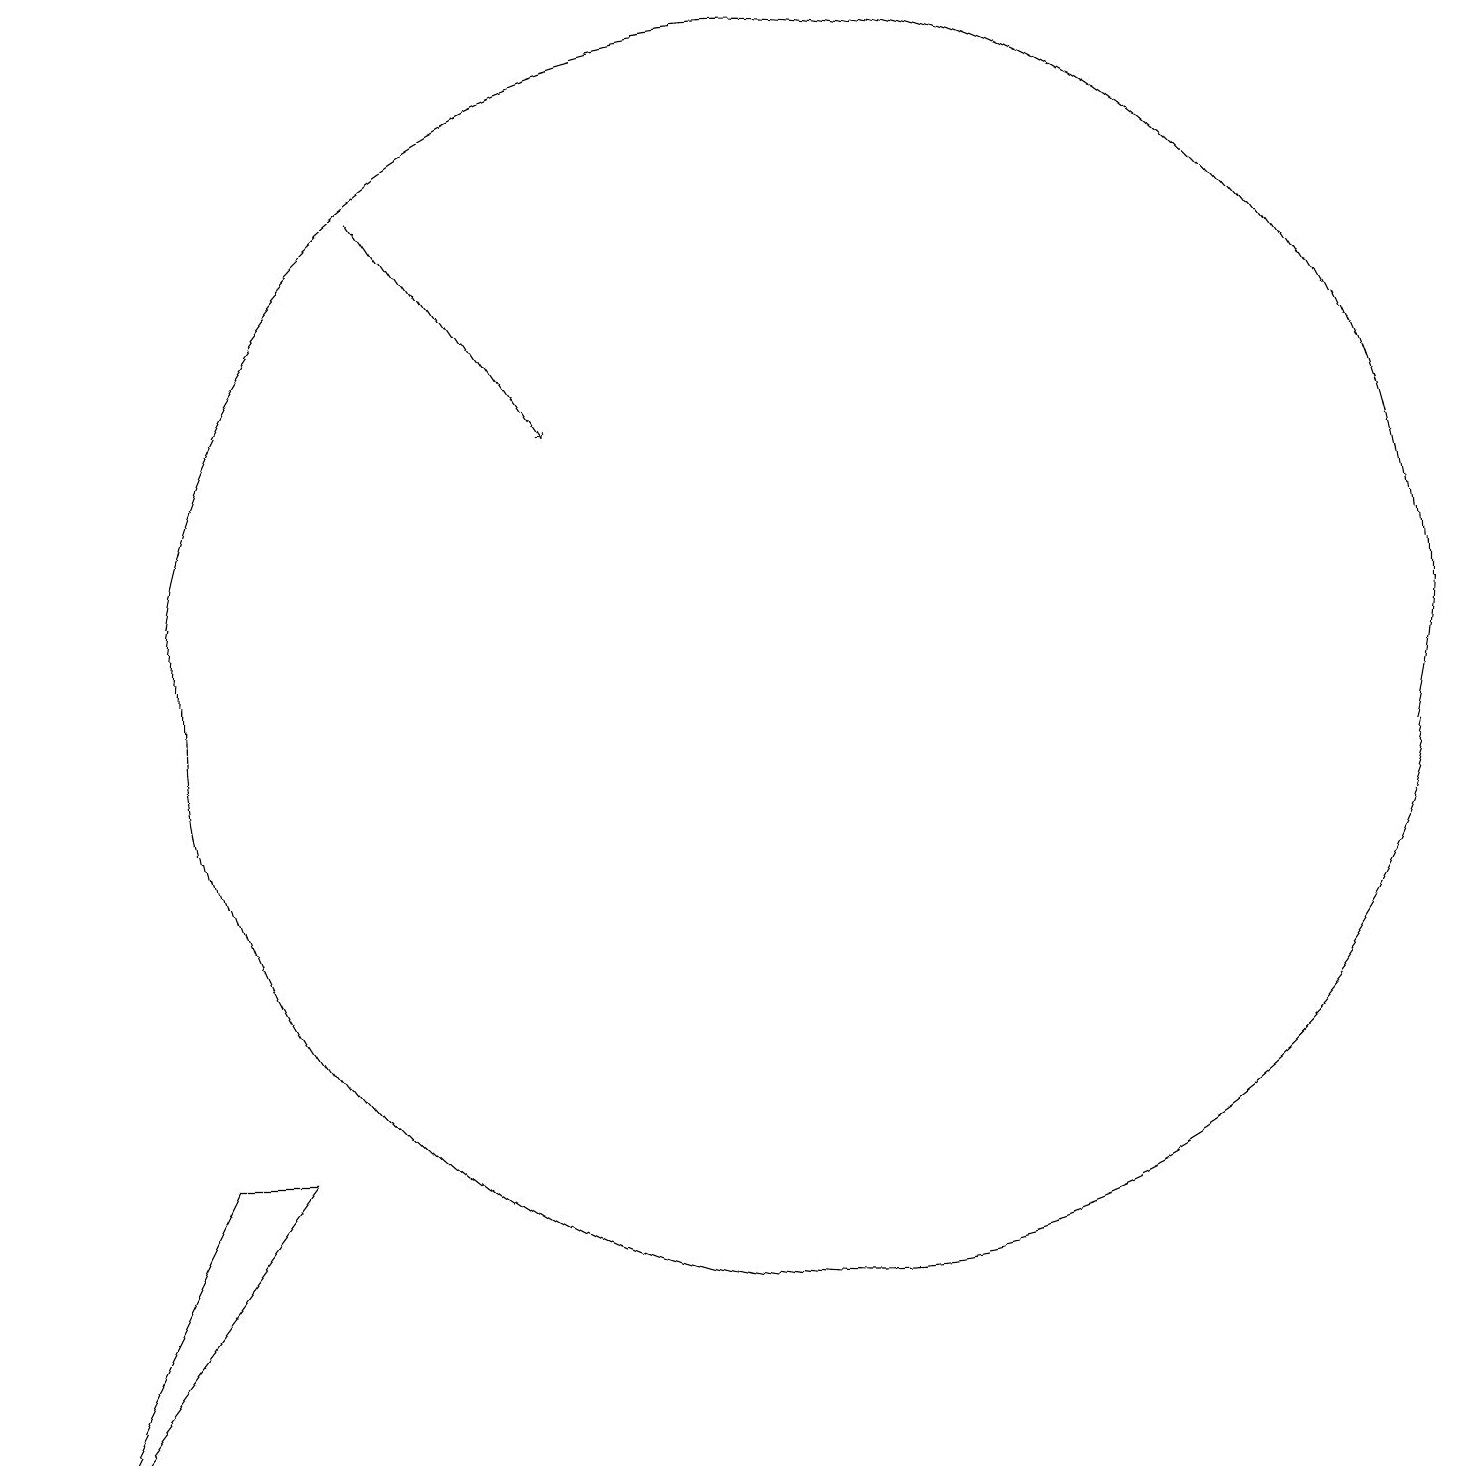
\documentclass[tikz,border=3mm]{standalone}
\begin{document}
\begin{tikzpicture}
\draw (11,10) circle (8);
\draw[->] (6,16) -- (8,13);
\draw (4,4) -- (3,4) -- (1,0) -- cycle;
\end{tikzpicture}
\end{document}